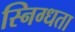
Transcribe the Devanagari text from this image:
स्निग्‍धता